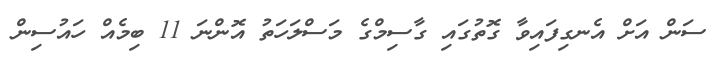
ސަން އަށް އެނގިފައިވާ ގޮތުގައި ގާސިމްގެ މަސްލަހަތު އޮންނަ 11 ބިމެއް ހައުސިން